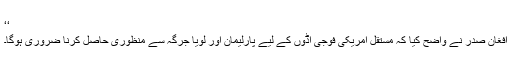
‘‘
افغان صدر نے واضح کیا کہ مستقل امریکی فوجی اڈوں کے لیے پارلیمان اور لویا جرگہ سے منظوری حاصل کرنا ضروری ہوگا۔